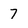
Character: 7